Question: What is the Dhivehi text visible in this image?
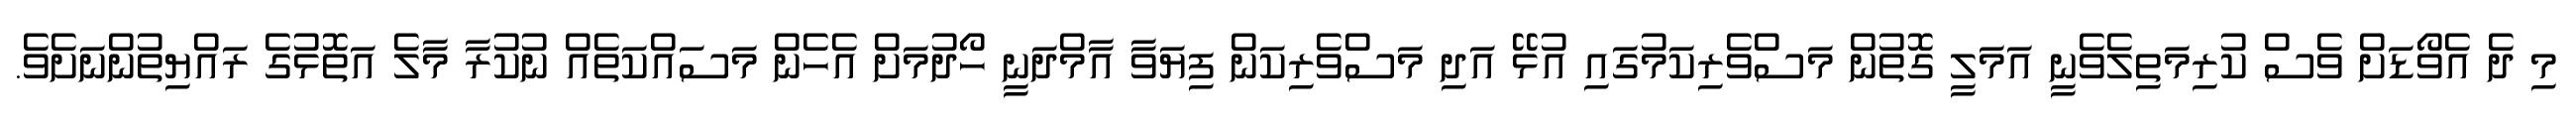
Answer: މި ދެ އެވޯޑަށް ވެސް ކުރިމަތިލެވެނީ އަމަލީ ގޮތުން މަސްވެރިކަމުގައި އުޅޭ އަދި މަސްވެރިކަން ފިޔަވާ އާމްދަނީ ހޯދުމަށް އެހެން މަސައްކަތެއް ނުކުރާ މާލެ އަތޮޅުގެ ރައްޔިތުންނަށެވެ.